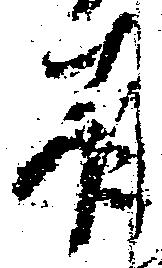
有